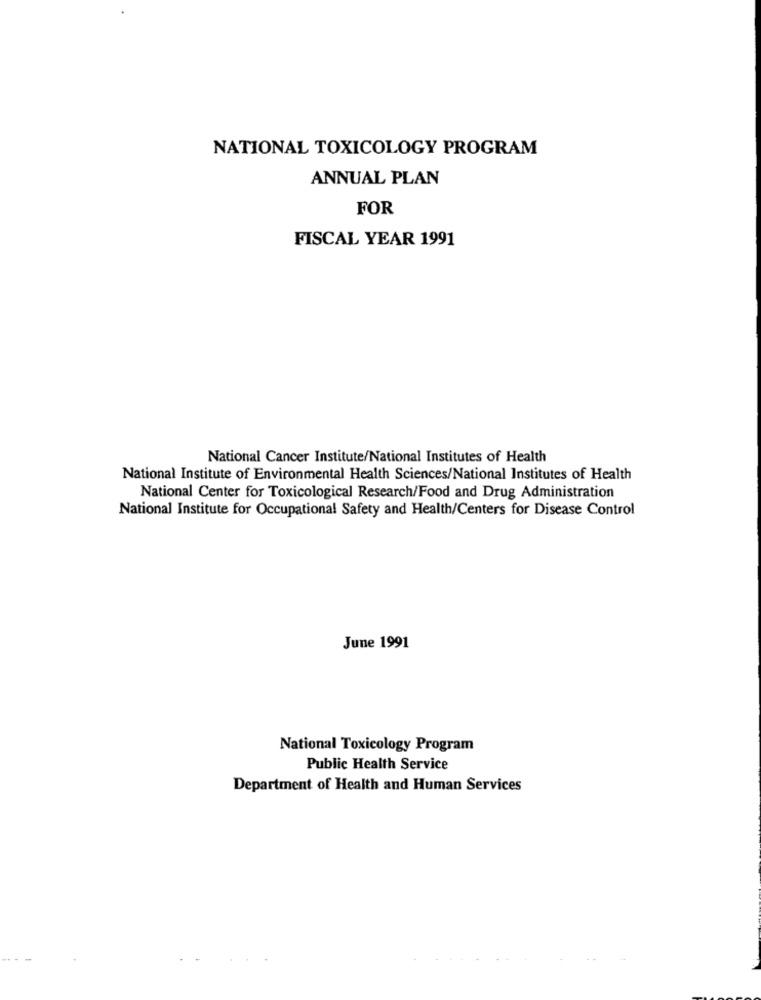
NATIONAL TOXICOLOGY PROGRAM
ANNUAL PLAN
FOR
FISCAL YEAR 1991
National Cancer Institute/National Institutes of Health
National Institute of Environmental Health Sciences/National Institutes of Health
National Center for Toxicological Research/Food and Drug Administration
National Institute for Occupational Safety and Health/Centers for Disease Control
June 1991
National Toxicology Program
Public Health Service
Department of Health and Human Services